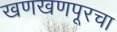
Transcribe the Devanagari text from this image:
खणखणपूरचा